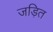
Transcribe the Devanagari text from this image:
जड़ित